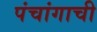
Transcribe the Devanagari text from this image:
पंचांगाची